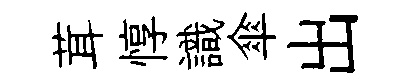
茸惇識傘出